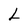
Character: L